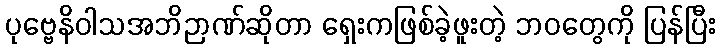
ပုဗ္ဗေနိဝါသအဘိဉာဏ်ဆိုတာ ရှေးကဖြစ်ခဲ့ဖူးတဲ့ ဘဝတွေကို ပြန်ပြီး